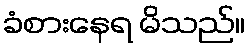
ခံစားနေရ မိသည်။